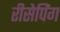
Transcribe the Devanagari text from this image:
रीसेपिंग